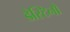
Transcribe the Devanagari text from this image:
डेस्टिनो